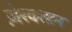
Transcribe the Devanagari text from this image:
ज़ेरवशान